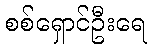
စစ်ရှောင်ဦးရေ